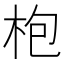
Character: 枹